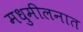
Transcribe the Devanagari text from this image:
मधुमीलनात